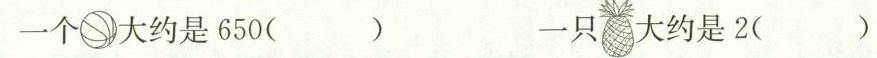
一个 大约是650() 一只 大约是2()